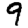
Digit: 9